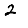
Digit: 2